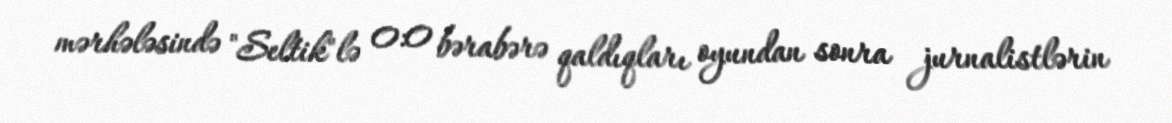
mərhələsində "Seltik"lə 0:0 bərabərə qaldıqları oyundan sonra jurnalistlərin